Sanitation, dispensaries and jails vaccination Rajputana 1922-1927 - 1922-1927
Year: 1922
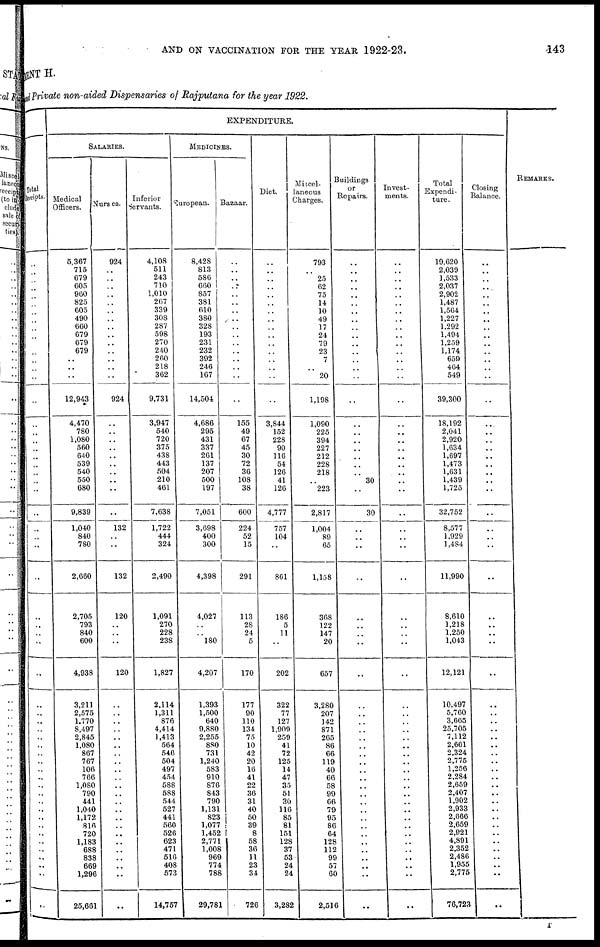
AND ON VACCINATION FOR THE YEAR 1922-23.
143
MENT H.
and Private non-aided Dispensaries of Rajputana for the year 1922.
Total
Receipts.
..
..
..
..
..
..
..
..
..
..
..
..
..
..
..
..
..
..
..
..
..
..
..
..
..
..
..
..
..
..
..
..
..
..
..
..
..
..
..
..
..
..
..
..
..
..
..
..
..
..
..
..
..
..
..
..
..
..
EXPENDITURE.
SALARIES.
Medical
Officers.
5,367
715
679
605
960
825
605
490
660
679
679
679
..
..
..
12,943
4,470
780
1,080
560
640
539
540
550
680
9,839
1,040
840
780
2,660
2,705
793
840
600
4,938
3,211
2,575
1,770
8,497
2,845
1,080
867
767
106
766
1,080
790
441
1,040
1,172
816
720
1,183
688
838
669
1,296
25,661
Nurses.
924
..
..
..
..
..
..
..
..
..
..
..
..
..
..
924
..
..
..
..
..
..
..
..
..
..
132
..
..
132
120
..
..
..
120
..
..
..
..
..
..
..
..
..
..
..
..
..
..
..
..
..
..
..
..
..
..
..
Inferior
Servants.
4,108
511
243
710
1,010
267
339
308
287
598
270
240
260
218
362
9,731
3,947
540
720
375
438
443
504
210
461
7,638
1,722
444
324
2,490
1,091
270
228
238
1,827
2,114
1,311
876
4,414
1,413
564
546
504
497
454
588
588
544
527
441
560
526
623
471
516
408
573
14,757
MEDICINES.
European.
8,428
813
586
660
857
381
610
380
328
193
231
232
392
246
167
14,504
4,686
295
431
337
261
137
207
500
197
7,051
3,698
400
300
4,398
4,027
..
..
180
4,207
1,393
1,500
640
9,880
2,255
880
731
1,240
583
910
876
843
790
1,131
823
1,077
1,452
2,771
1,008
969
774
788
29,781
Bazaar.
..
..
..
..
..
..
..
..
..
..
..
..
..
..
..
..
155
49
67
45
30
72
36
108
38
600
224
52
15
291
113
28
24
5
170
177
90
110
134
75
10
42
20
16
41
22
36
31
40
50
39
8
58
36
11
23
34
726
Diet.
..
..
..
..
..
..
..
..
..
..
..
..
..
..
..
..
3,844
152
228
90
116
54
126
41
126
4,777
757
104
..
861
186
5
11
..
202
322
77
127
1,909
259
41
72
125
14
47
35
51
30
116
85
81
151
128
37
53
24
24
3,282
Miscel¬
laneous
Charges.
793
..
25
62
75
14
10
49
17
24
79
23
7
..
20
1,198
1,090
225
394
227
212
228
218
..
223
2,817
1,004
89
65
1,158
368
122
147
20
657
3,280
207
142
871
265
86
66
119
40
66
58
99
66
79
95
86
64
128
112
99
57
60
2,516
Buildings
or
Repairs.
..
..
..
..
..
..
..
..
..
..
..
..
..
..
..
..
..
..
..
..
..
..
..
30
..
30
..
..
..
..
..
..
..
..
..
..
..
..
..
..
..
..
..
..
..
..
..
..
..
..
..
..
..
..
..
..
..
..
Invest-
ments.
..
..
..
..
..
..
..
..
..
..
..
..
..
..
..
..
..
..
..
..
..
..
..
..
..
..
..
..
..
..
..
..
..
..
..
..
..
..
..
..
..
..
..
..
..
..
..
..
..
..
..
..
..
..
..
..
..
..
Total
Expendi¬
ture.
19,620
2,039
1,533
2,037
2,902
1,487
1,564
1,227
1,292
1,494
1,259
1,174
659
464
549
39,300
18,192
2,041
2,920
1,634
1,697
1,473
1,631
1,439
1,725
32,752
8,577
1,929
1,484
11,990
8,610
1,218
1,250
1,043
12,121
10,497
5,760
3,665
25,705
7,112
2,661
2,324
2,775
1,256
2,284
2,659
2,407
1,902
2,933
2,666
2,659
2,921
4,891
2,352
2,486
1,955
2,775
76,723
Closing
Balance.
..
..
..
..
..
..
..
..
..
..
..
..
..
..
..
..
..
..
..
..
..
..
..
..
..
..
..
..
..
..
..
..
..
..
..
..
..
..
..
..
..
..
..
..
..
..
..
..
..
..
..
..
..
..
..
..
..
REMARKS.
T